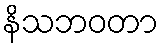
နိသဘဝတာ